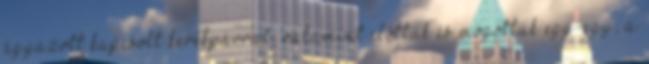
ágyazott kapcsolt kerékpárral, valamint előttük és mögöttük egy-egy, a